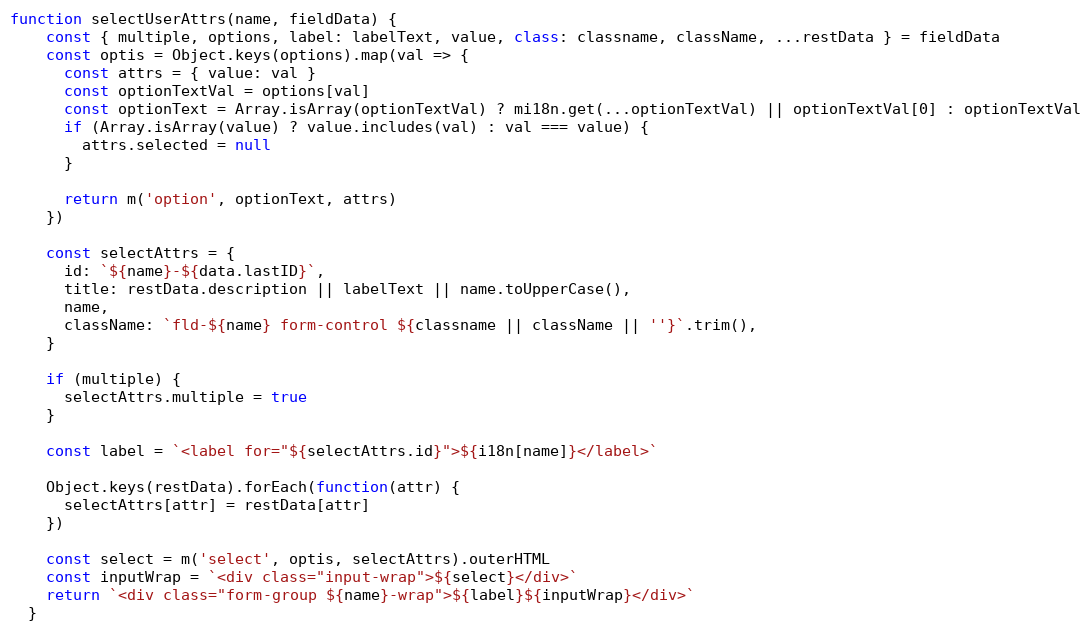
Language: JavaScript
function selectUserAttrs(name, fieldData) {
    const { multiple, options, label: labelText, value, class: classname, className, ...restData } = fieldData
    const optis = Object.keys(options).map(val => {
      const attrs = { value: val }
      const optionTextVal = options[val]
      const optionText = Array.isArray(optionTextVal) ? mi18n.get(...optionTextVal) || optionTextVal[0] : optionTextVal
      if (Array.isArray(value) ? value.includes(val) : val === value) {
        attrs.selected = null
      }

      return m('option', optionText, attrs)
    })

    const selectAttrs = {
      id: `${name}-${data.lastID}`,
      title: restData.description || labelText || name.toUpperCase(),
      name,
      className: `fld-${name} form-control ${classname || className || ''}`.trim(),
    }

    if (multiple) {
      selectAttrs.multiple = true
    }

    const label = `<label for="${selectAttrs.id}">${i18n[name]}</label>`

    Object.keys(restData).forEach(function(attr) {
      selectAttrs[attr] = restData[attr]
    })

    const select = m('select', optis, selectAttrs).outerHTML
    const inputWrap = `<div class="input-wrap">${select}</div>`
    return `<div class="form-group ${name}-wrap">${label}${inputWrap}</div>`
  }